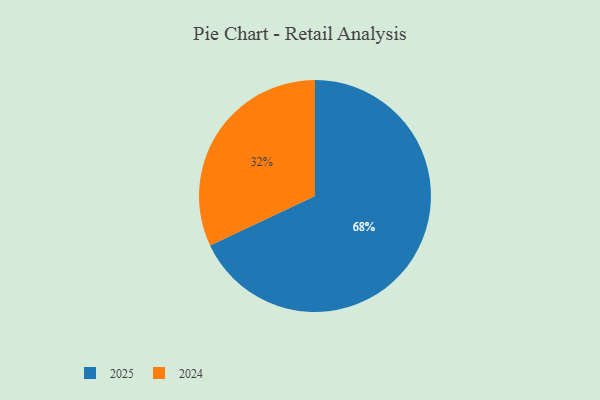
{"axis": {"x": "Category", "y": "Percentage"}, "legend": ["2024", "2025"], "data": [{"x": "2024", "y": 32, "type": "2024"}, {"x": "2025", "y": 68, "type": "2025"}]}